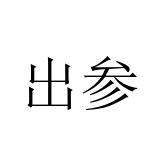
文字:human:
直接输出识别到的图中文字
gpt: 出参